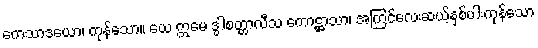
ကေသာဒယော၊ ကုန်သော။ ယေ ဣမေ ဒွါစတ္တာလီသ ကောဋ္ဌာသာ၊ အကြင်လေးဆယ့်နှစ်ပါးကုန်သော